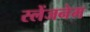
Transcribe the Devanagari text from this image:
स्लेंजनेम